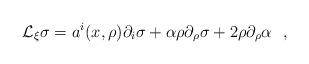
LaTeX: \begin{align*}{\cal L}_\xi \sigma=a^i(x,\rho )\partial_i \sigma +\alpha \rho\partial_\rho \sigma +2\rho\partial_\rho \alpha~~,\end{align*}